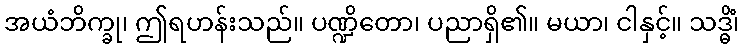
အယံဘိက္ခု၊ ဤရဟန်းသည်။ ပဏ္ဍိတော၊ ပညာရှိ၏။ မယာ၊ ငါနှင့်။ သဒ္ဓိံ၊